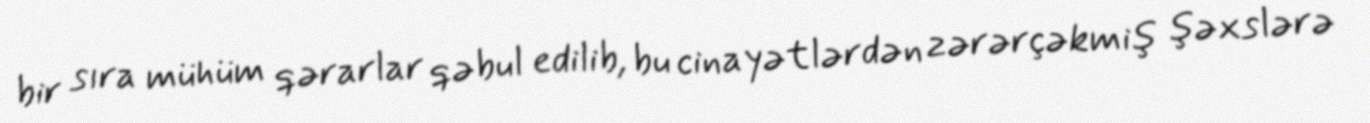
bir sıra mühüm qərarlar qəbul edilib, bu cinayətlərdən zərərçəkmiş şəxslərə